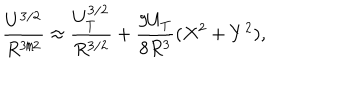
\frac { U ^ { 3 / 2 } } { R ^ { 3 / 2 } } \approx \frac { U _ { T } ^ { 3 / 2 } } { R ^ { 3 / 2 } } + \frac { 9 U _ { T } } { 8 R ^ { 3 } } ( X ^ { 2 } + Y ^ { 2 } ) ,